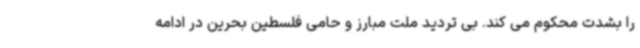
را بشدت محکوم می کند. بی تردید ملت مبارز و حامی فلسطین بحرین در ادامه